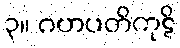
၃။ ဂဟပတိကုဋိ